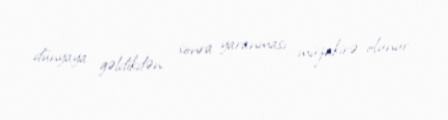
dünyaya gəldikdən sonra yaranması müzakirə olunur.